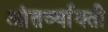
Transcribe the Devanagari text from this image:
आंतर्व्याक्ती